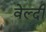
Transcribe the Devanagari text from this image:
वेल्दी